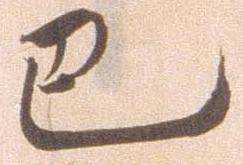
巴